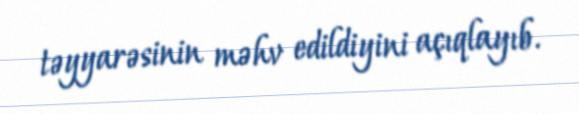
təyyarəsinin məhv edildiyini açıqlayıb.